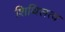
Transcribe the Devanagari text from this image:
शिथिलत्व